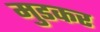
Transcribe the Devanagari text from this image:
मुडकर